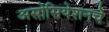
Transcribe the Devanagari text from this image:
असोसियेशनचे